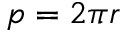
p = 2 \pi r